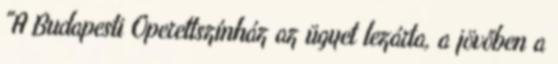
"A Budapesti Operettszínház az ügyet lezárta, a jövőben a